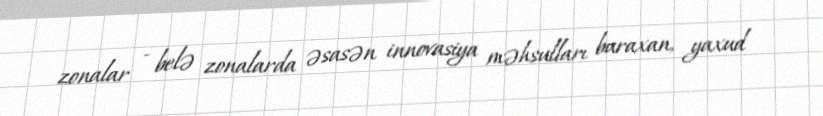
zonalar - belə zonalarda əsasən innovasiya məhsulları buraxan, yaxud